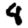
Digit: 8